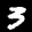
Label: 3